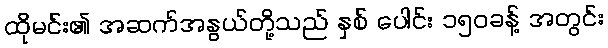
ထိုမင်း၏ အဆက်အနွယ်တို့သည် နှစ် ပေါင်း ၁၅၀ခန့် အတွင်း